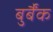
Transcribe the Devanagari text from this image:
बुर्बैंक